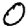
Digit: 0